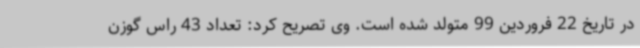
در تاریخ 22 فروردین 99 متولد شده است. وی تصریح کرد: تعداد 43 راس گوزن